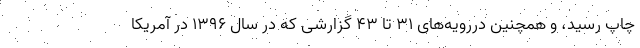
چاپ رسید، و همچنین دررویه‌های ۳۱ تا ۴۳ گزارشی که در سال ۱۳۹۶ در آمریکا